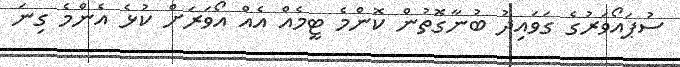
ސުޕައޯވަރުގެ ގަވައިދު ބުނާގޮތުން ކޮންމެ ޓީމެއް އެއް އޯވަރަށް ކުޅެ އެންމެ ގިނަ